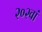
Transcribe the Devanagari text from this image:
२०२वां